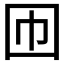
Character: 𡆫